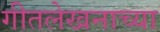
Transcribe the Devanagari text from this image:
गीतलेखनाच्या